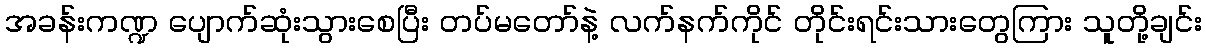
အခန်းကဏ္ဍ ပျောက်ဆုံးသွားစေပြီး တပ်မတော်နဲ့ လက်နက်ကိုင် တိုင်းရင်းသားတွေကြား သူတို့ချင်း